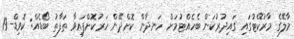
މާލޭގެ މާރުކޭޓުގައި ގައިދުރުކަން ބެހެއްޓުމަށް ހަނދާން ކޮށްދޭން ހަރުކޮށްފައިވާ ތަފާތު ބޯޑެއް: ކޮވިޑް-19